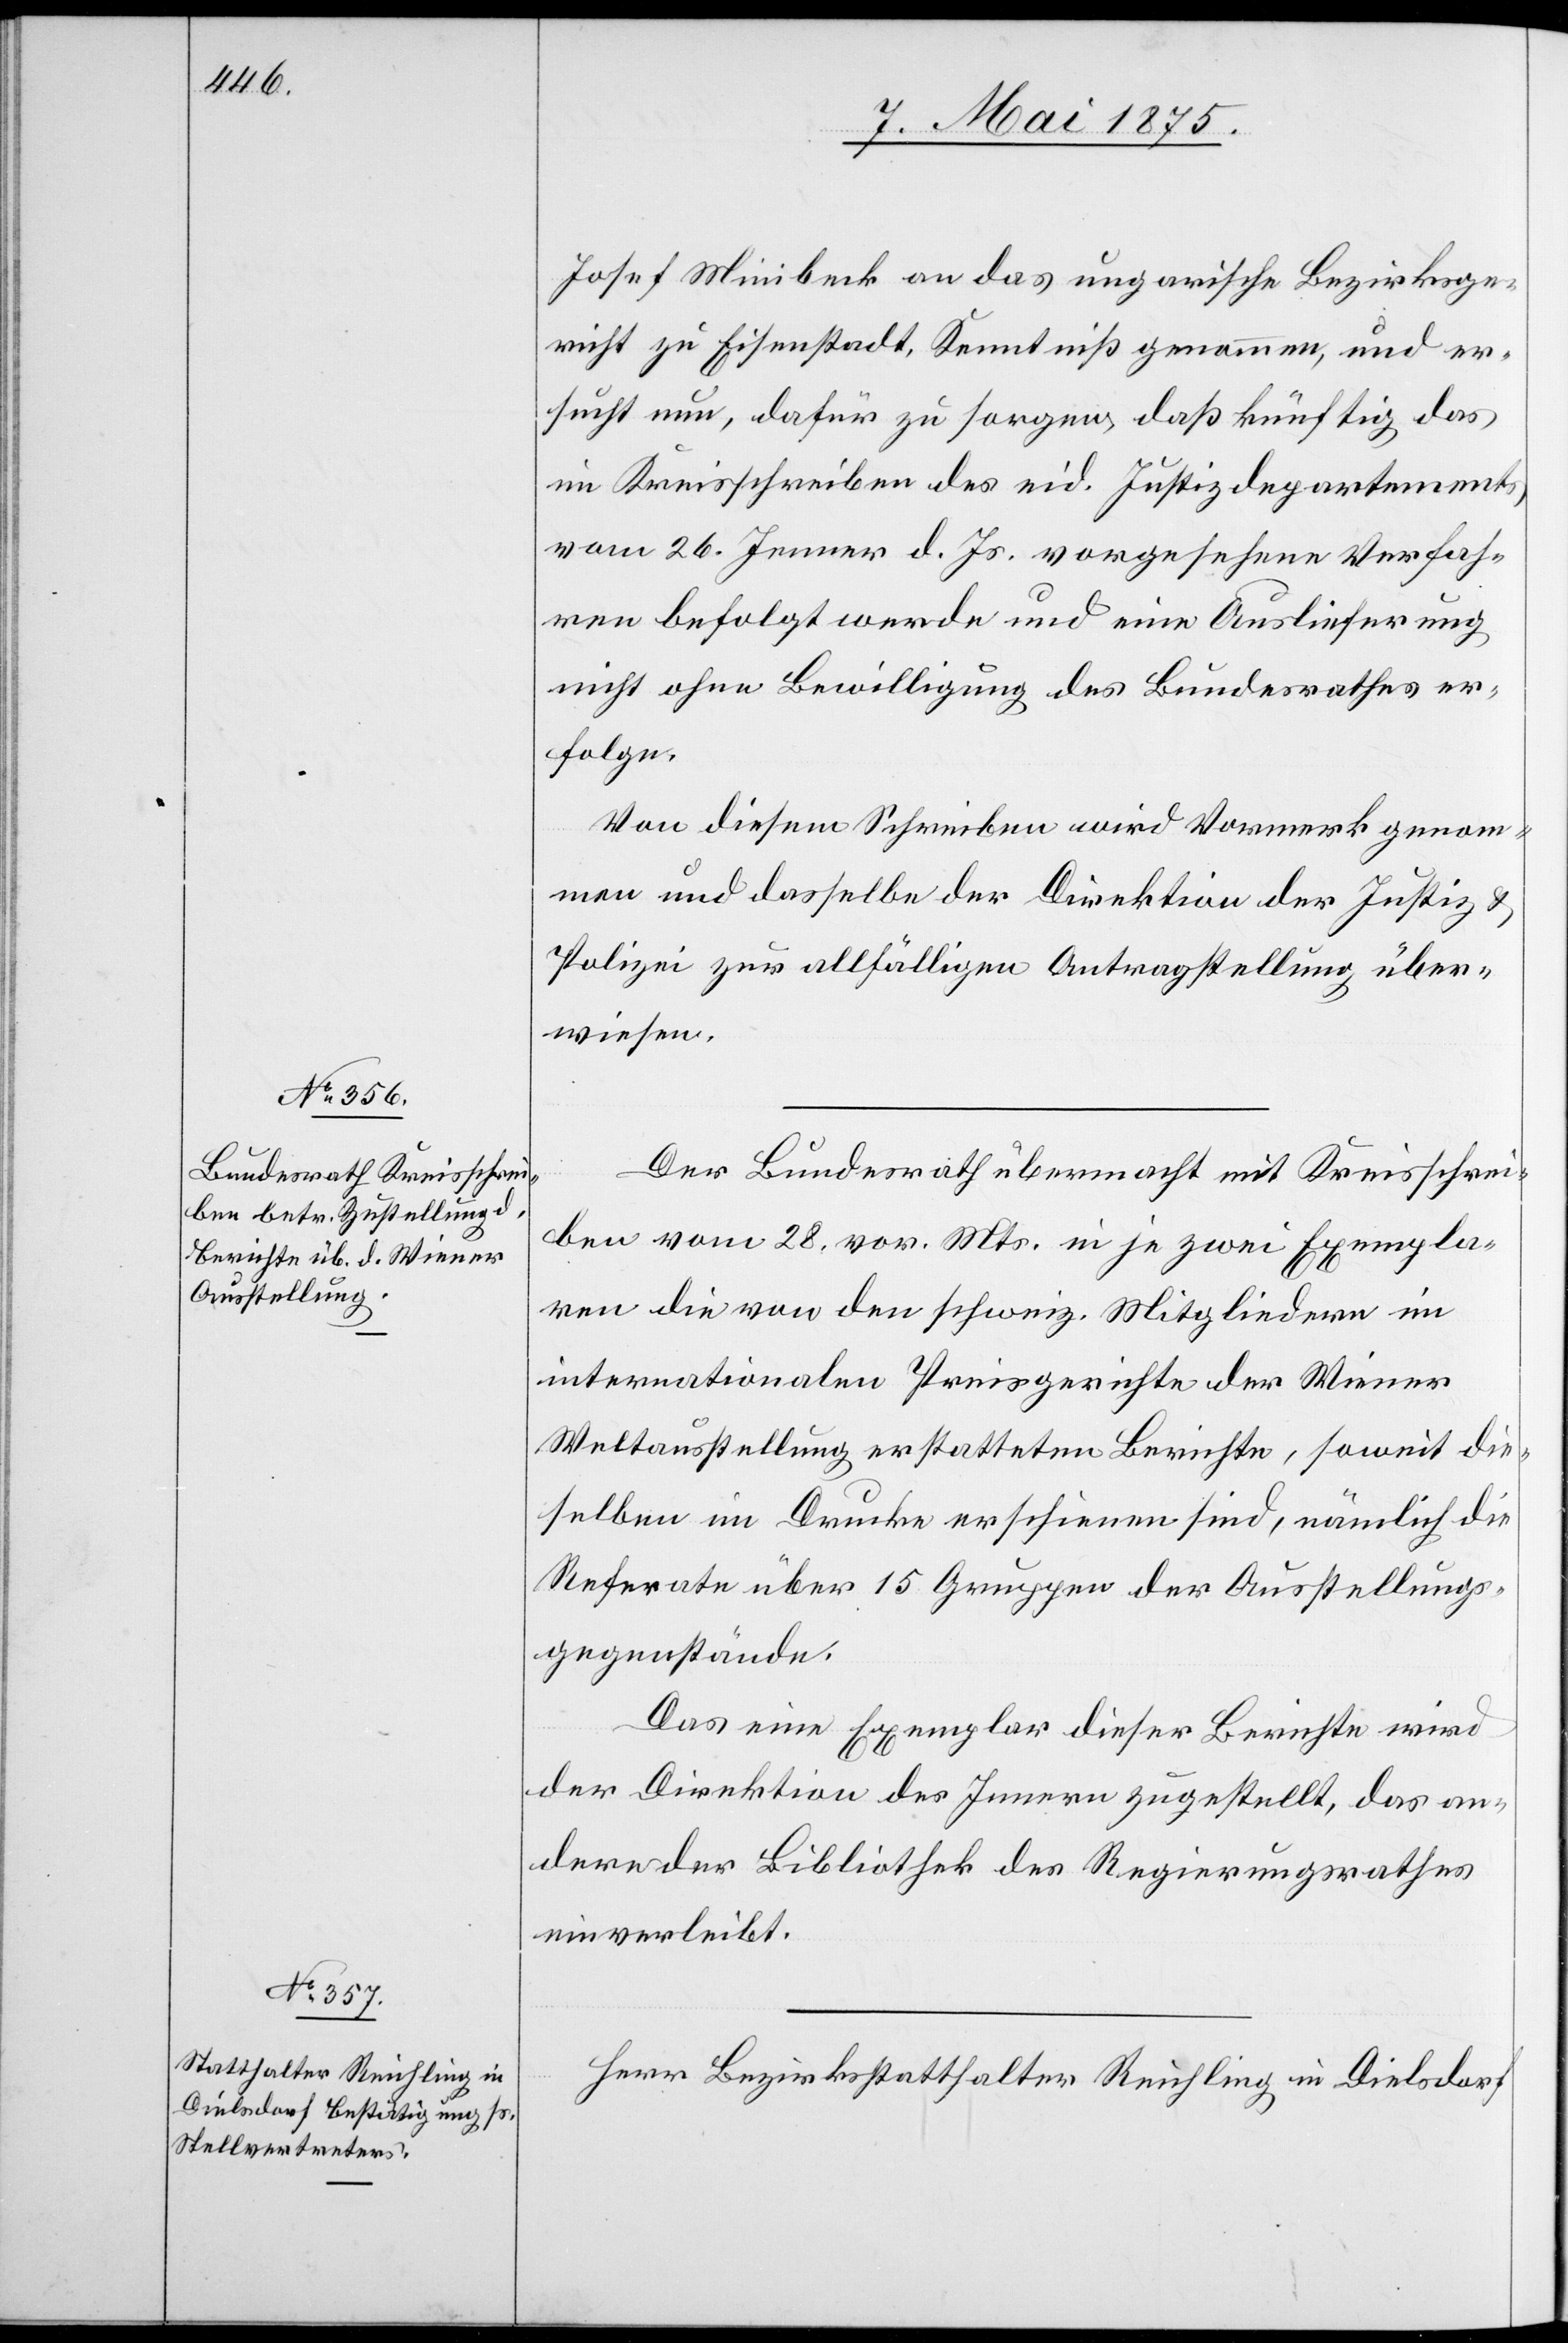
Joseph Minibeck an das ungarische Bezirksge¬
richt zu Eisenstadt, Kenntniß genommen, und er¬
sucht um, dafür zu sorgen, daß künftig das
im Kreisschreiben des eid. Justizdepartments
vom 26. Jener d. Js vorgesehene Verfah¬
ren befolgt werde und eine Auslieferung
nicht ohne Bewilligung des Bundesrathes er¬
folge.
Von diesem Schreiben wird Vormerk genom¬
men und dasselbe der Direktion der Justiz &
Polizei zur allfälligen Antragstellung über¬
wiesen.
Der Bundesrath macht mit Kreisschrei¬
ben vom 28. vor. Mts in je zwei Exempla¬
ren die von der schweiz. Mitgliedern im
internationalen Preisgerichte der Wiener
Weltausstellung erstatteten Berichte, soweit die¬
selben im Drucke erschienen sind, nämlich die
Referate über 15 Gruppen der Ausstellungs¬
gegenstände.
Das eine Exemplar dieser Berichte wird
der Direktion des Innern zugestellt, das an¬
dere der Bibliothek des Regierungsrathes
einverleibt.
Herr Bezirksstatthalter Reichling in Dielsdorf